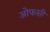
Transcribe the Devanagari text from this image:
ओफसी